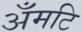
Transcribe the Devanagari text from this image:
अँमटि